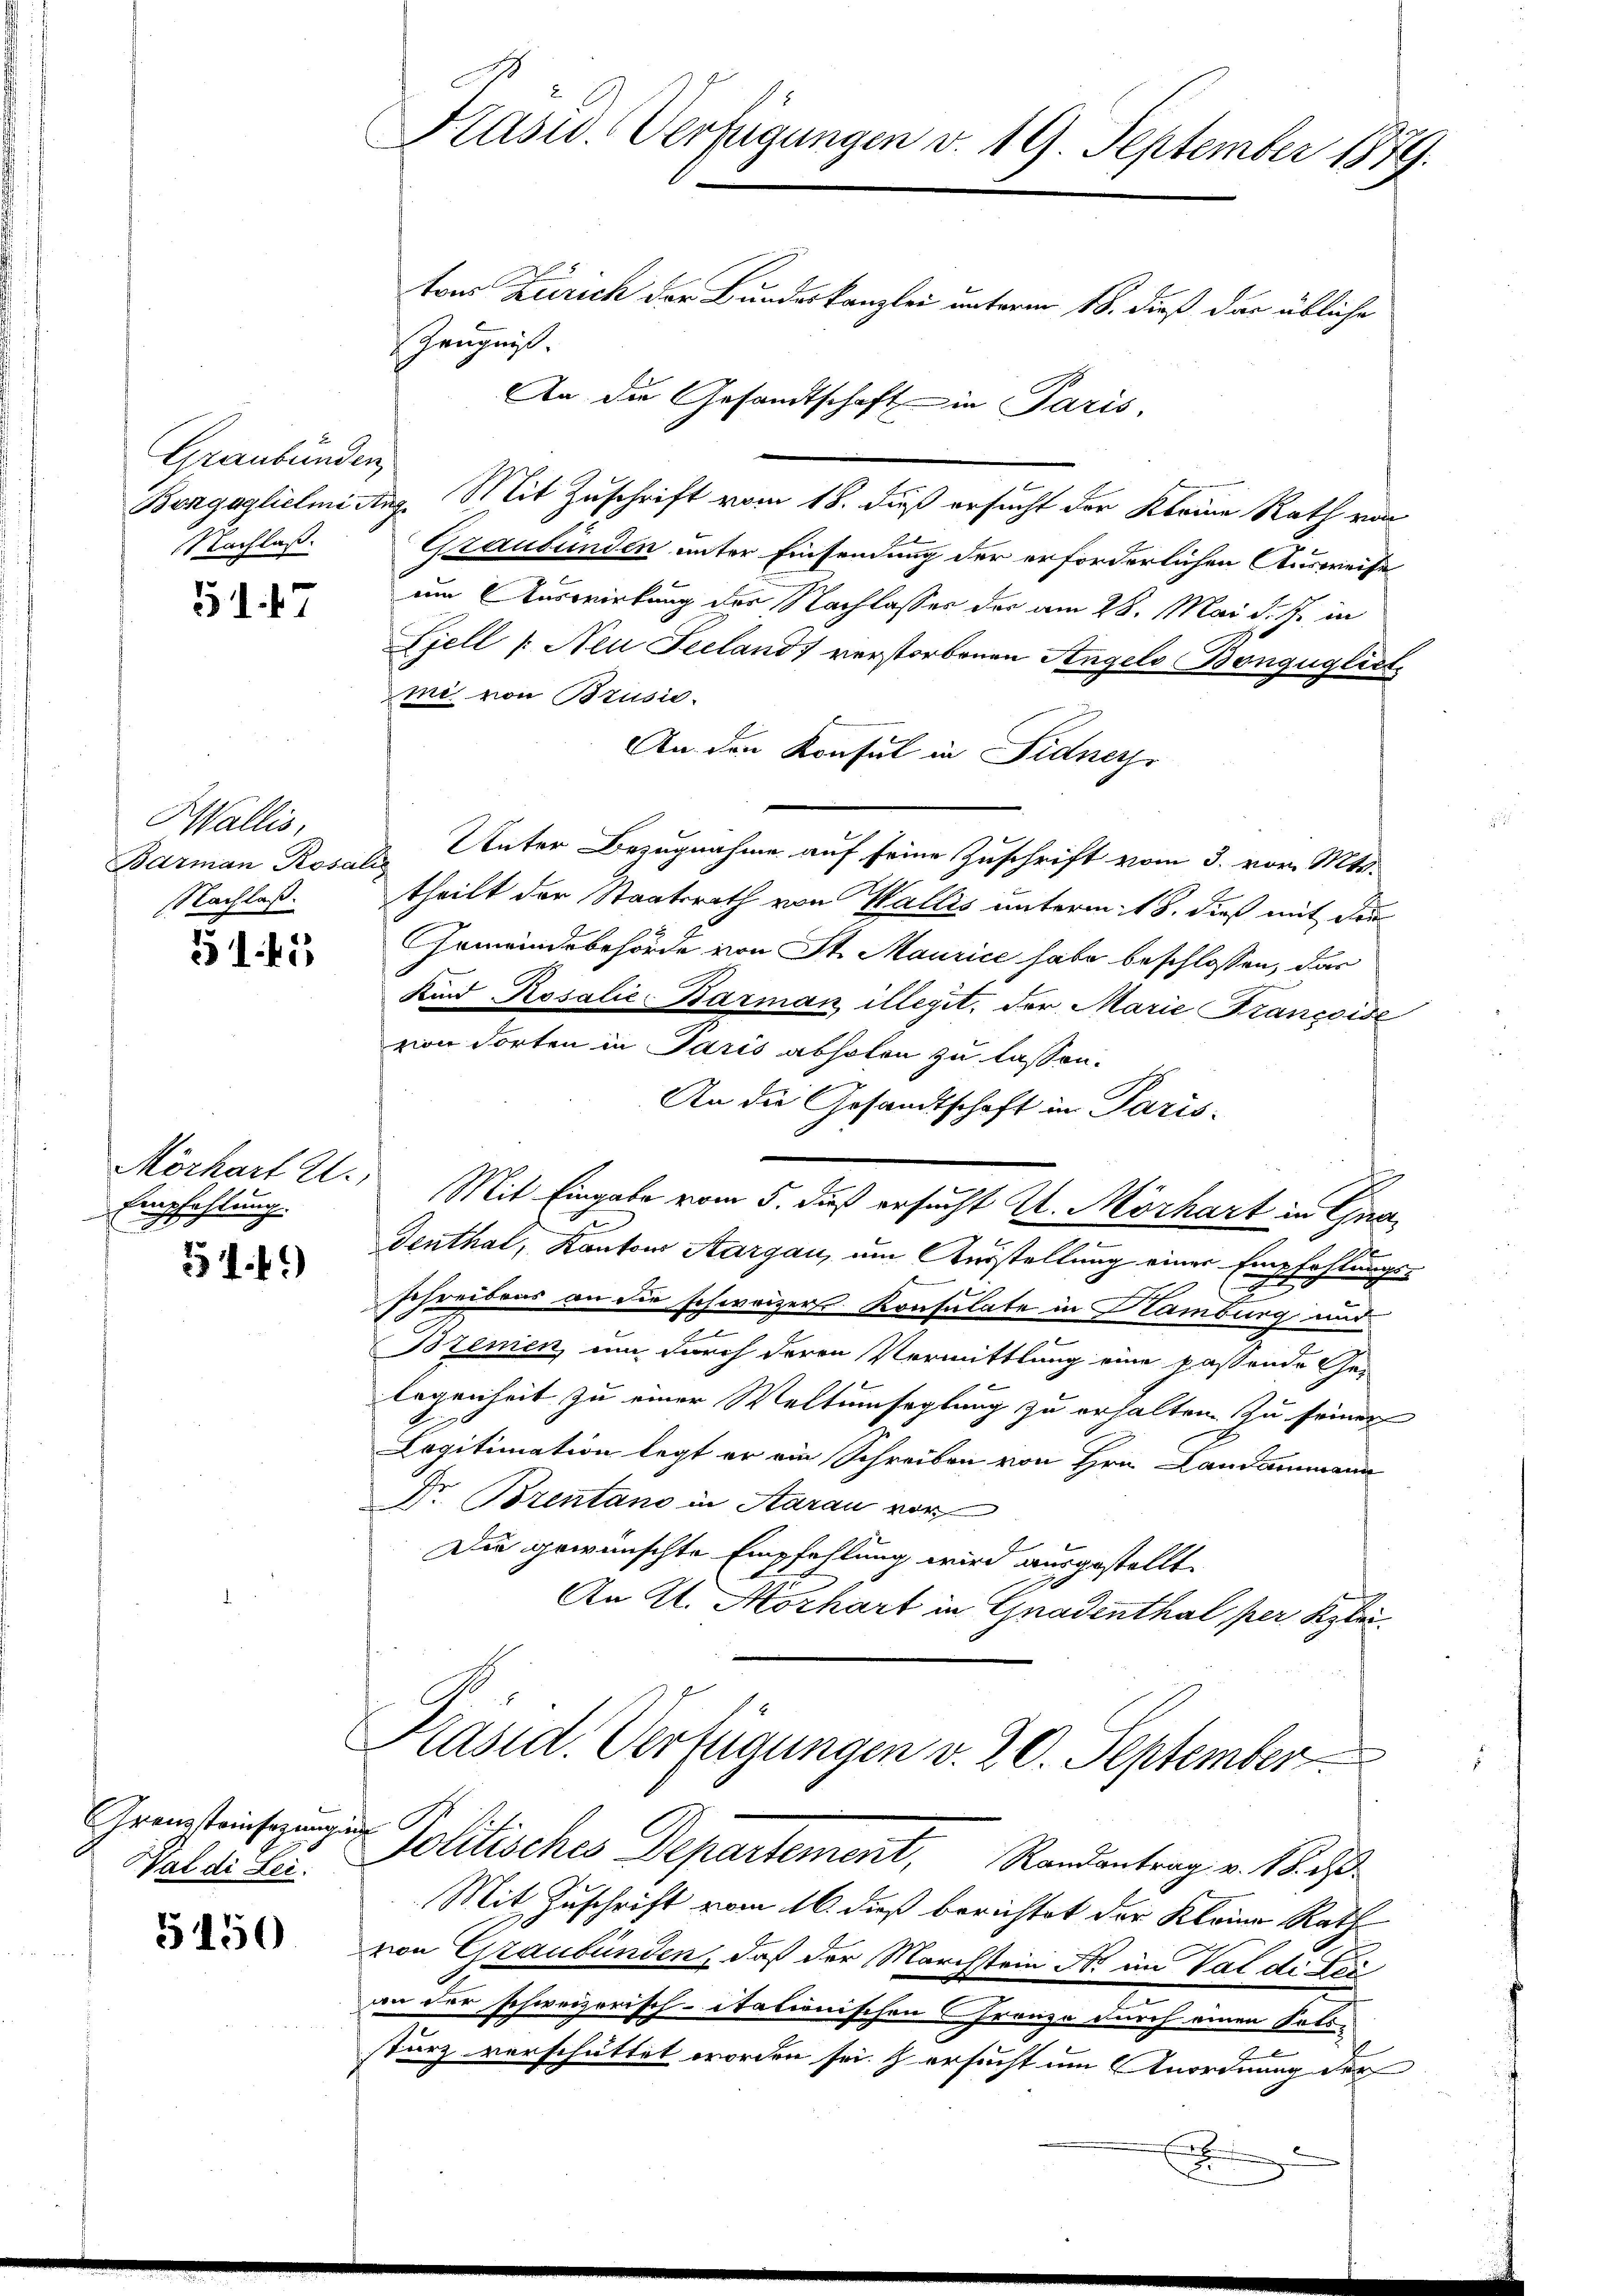
Graubünden,
Nachlaß.

51. 47

Wallis,
Barman Rosalis
NNachlaß.

51.41

Mörhart 2.
Empfehlung.

51 f.

Grenzsteinsatzung
Wal di Sei

5150

Präsid. Verfügungen v. 19. September 1879.

tons Zürich der Bundeskanzlei unterm 18. dieß das übliche
Zeugniß.
An die Gesandtschaft in Paris.
Bengaglichmiding. Mit Zuschrift vom 18. Fuß ersucht der Kleine Rath von
Graubünden unter Einsendung der erforderlichen Ausweise
um Auswirkung der Nachlasser der am 28. Mai d. J. in
Zjell /: Neu Seeland) verstorbenen Angels Bongüglist
mi von Brusie
An den Konsul in Fidners
theilt der Staatsrath von Wallis unterm 18. dieß mit die
Gemeindsbehörde von St. Maurice habe beschlossen, das
Kind Rosalić-Barman illegit, der Marie Françoise
von dorten in Paris abholen zu lassen.
An die Gesandtschaft in Paris.
Mit Eingabe vom 5. dieß ersucht U. Mörhart in Gnan
d
Genthal, Kantons Aargau, um Ausstellung einer Empfehlungs-
schreibens an die schweizers Konsulate in Hamburg und
Bremen, um durch deren Vermittlung eine passende Ge-
legenheit zu einer Weltumseglung zu erhalten. Zu seiner
Cogitimation legt er ein Schreiben von Hrn. Landammann
Dr. Brentano in Aarau vor
Die gewünschte Empfehlung wird ausgestellt.
An A. Morhart in Gnadenthal per Klei¬

Präsid. Verfügungen v. 20. September
iche

Politisches Departement, Randentrag v. 18. 3
Mit Zuschrift vom 16. dieß berichtet der Kleine Rath
von Graubünden, daß der Marchstein Nr im Val di tei
an der schweizerisch-itationischen Grenze durch einen Polsl
sturz verschüttet worden sei. I ersucht um Anordnung der
x

Unter Bezugnahme auf seine Zuschrift vom 3. vor. Mts.

.